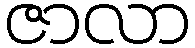
ဇာလာ